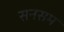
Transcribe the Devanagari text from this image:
सनसम